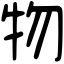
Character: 物